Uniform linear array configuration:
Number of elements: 12
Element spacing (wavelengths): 0.75
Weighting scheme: hamming
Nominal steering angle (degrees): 0
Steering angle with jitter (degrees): -1.453
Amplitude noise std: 0.05
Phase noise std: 0.05

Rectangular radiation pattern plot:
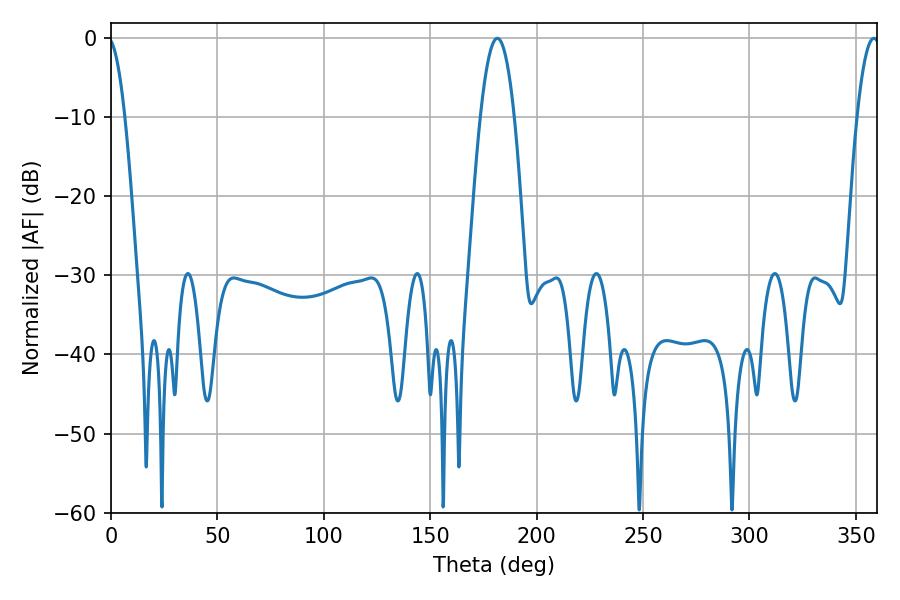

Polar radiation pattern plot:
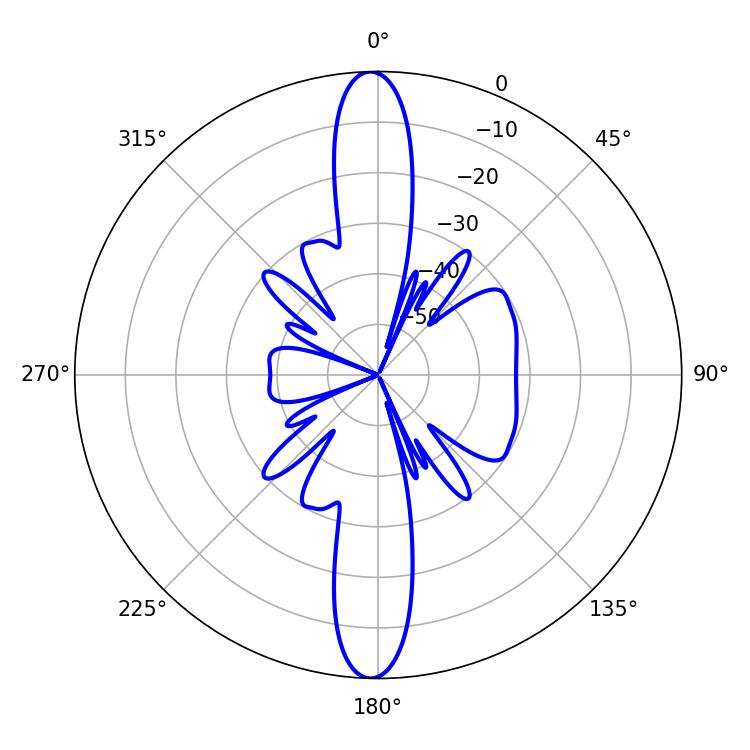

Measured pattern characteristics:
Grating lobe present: TRUE
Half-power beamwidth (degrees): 8.82
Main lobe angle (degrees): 181.62